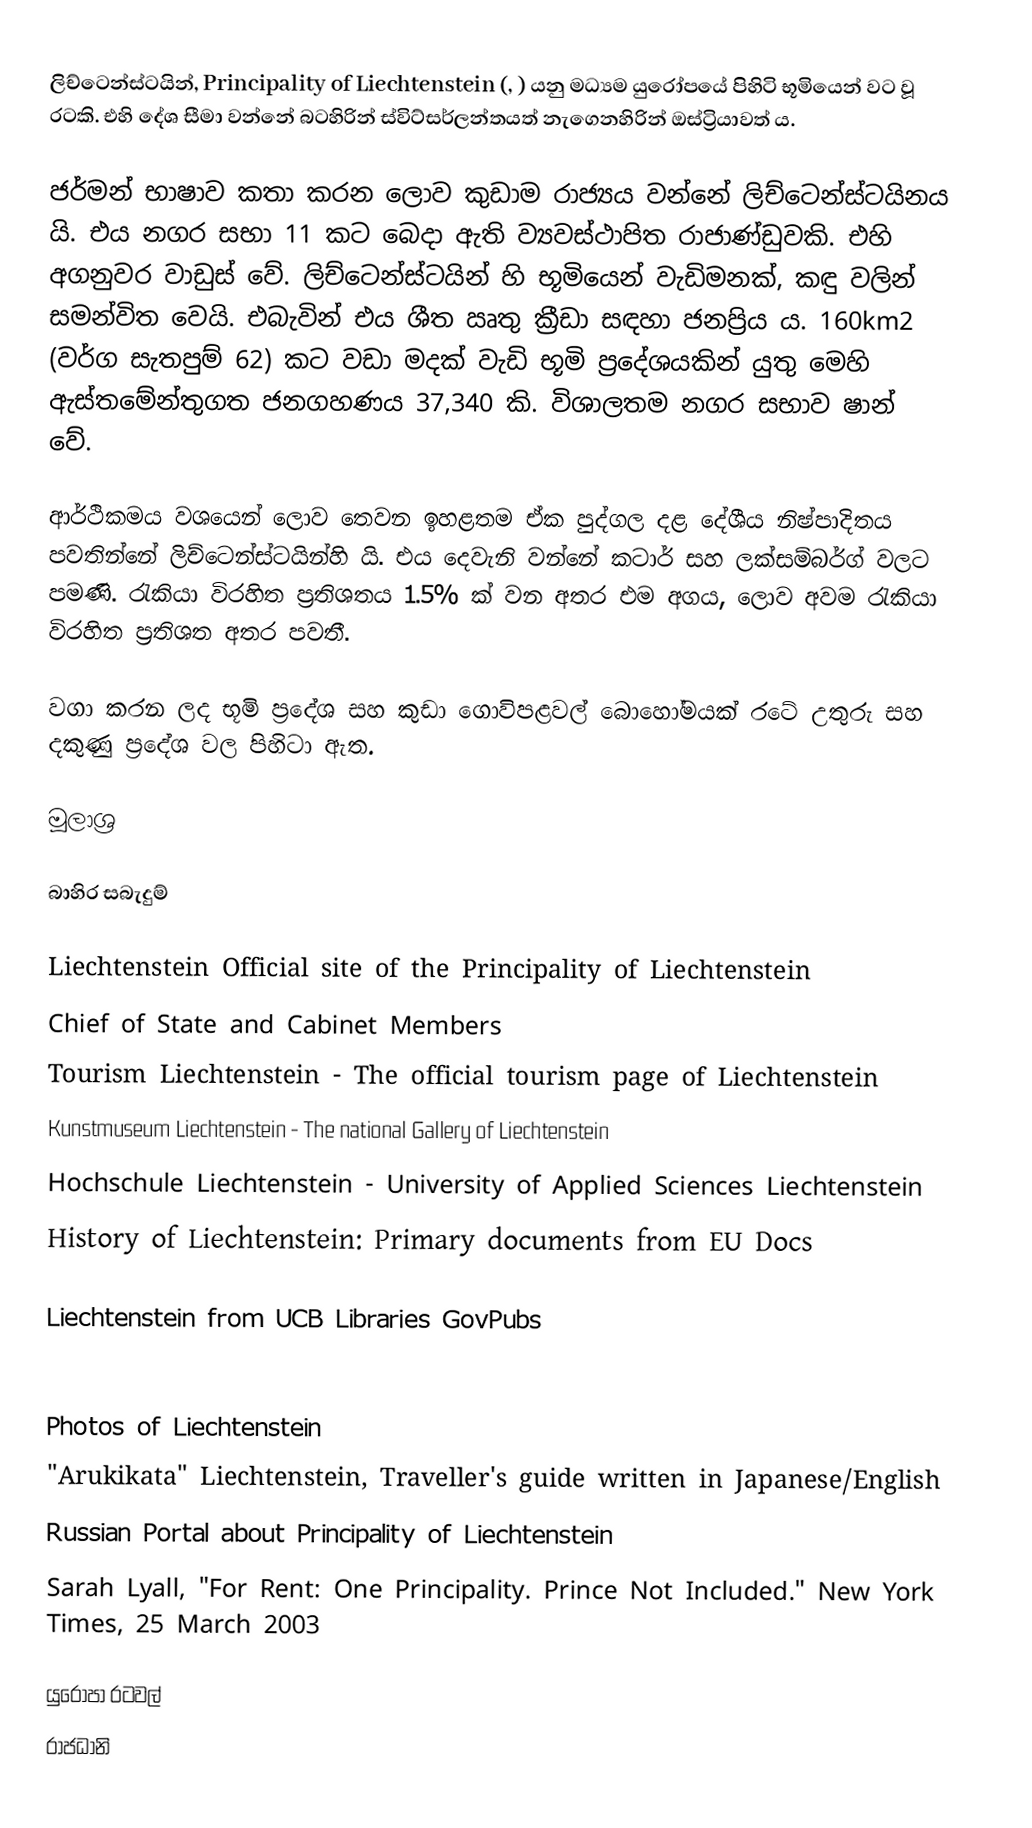
ලිච්ටෙන්ස්ටයින්, Principality of Liechtenstein  (, ) යනු මධ්‍යම යුරෝපයේ පිහිටි භූමියෙන් වට වූ රටකි. එහි දේශ සීමා වන්නේ බටහිරින් ස්විට්සර්ලන්තයත් නැගෙනහිරින් ඔස්ට්‍රියාවත් ය.

ජර්මන් භාෂාව කතා කරන ලොව කුඩාම රාජ්‍යය වන්නේ ලිච්ටෙන්ස්ටයිනය යි. එය නගර සභා 11 කට බෙදා ඇති ව්‍යවස්ථාපිත රාජාණ්ඩුවකි. එහි අගනුවර වාඩුස් වේ. ලිච්ටෙන්ස්ටයින් හි  භූමියෙන් වැඩිමනක්, කඳු වලින් සමන්විත වෙයි. එබැවින් එය ශීත ඍතු ක්‍රීඩා සඳහා ජනප්‍රිය ය. 160km2 (වර්ග සැතපුම් 62) කට වඩා මදක් වැඩි භූමි ප්‍රදේශයකින් යුතු මෙහි ඇස්තමේන්තුගත ජනගහණය 37,340 කි. විශාලතම නගර සභාව ෂාන් වේ.

ආර්ථිකමය වශයෙන් ලොව තෙවන ඉහළතම ඒක පුද්ගල දළ දේශීය නිෂ්පාදිතය පවතින්නේ ලිච්ටෙන්ස්ටයින්හි යි. එය දෙවැනි වන්නේ කටාර් සහ ලක්සම්බර්ග් වලට පමණි. රැකියා විරහිත ප්‍රතිශතය 1.5% ක් වන අතර එම අගය, ලොව අවම රැකියා විරහිත ප්‍රතිශත අතර පවතී.

වගා කරන ලද භූමි ප්‍රදේශ සහ කුඩා ගොවිපළවල් බොහෝමයක් රටේ උතුරු සහ දකුණු ප්‍රදේශ වල පිහිටා ඇත.

මූලාශ්‍ර

බාහිර සබැදුම්

 Liechtenstein Official site of the Principality of Liechtenstein
 Chief of State and Cabinet Members
 Tourism Liechtenstein - The official tourism page of Liechtenstein
 Kunstmuseum Liechtenstein - The national Gallery of Liechtenstein
 Hochschule Liechtenstein - University of Applied Sciences Liechtenstein
 History of Liechtenstein: Primary documents from EU Docs

 Liechtenstein from UCB Libraries GovPubs

 Photos of Liechtenstein
 "Arukikata" Liechtenstein, Traveller's guide written in Japanese/English
 Russian Portal about Principality of Liechtenstein
 Sarah Lyall, "For Rent: One Principality. Prince Not Included." New York Times, 25 March 2003

යුරෝපා රටවල්‎
රාජධානි